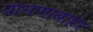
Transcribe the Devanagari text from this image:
प्रांगणाबाहेर